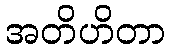
အတိဟိတာ